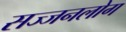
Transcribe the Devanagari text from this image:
सज्जनलोग